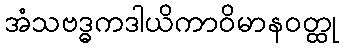
အံသဗဒ္ဓကဒါယိကာဝိမာနဝတ္ထု